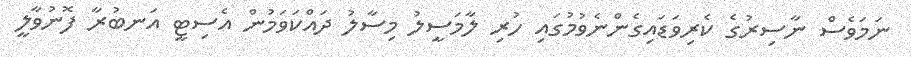
ނަމަވެސް ނާސިރުގެ ކެރިވަޑައިގެންނެވުމުގައި ހުރި ލާމަސީލު މިސާލު ދައްކަވަމުން އެސިޓީ އަނބުރާ ފޮނުވާލީ